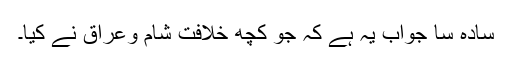
سادہ سا جواب یہ ہے کہ جو کچھ خلافت شام وعراق نے کیا۔